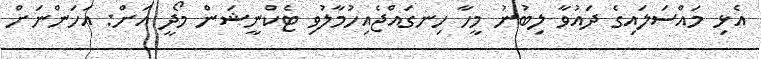
އެޅި މައްސަލައިގެ ދައުވާ ލިބުނު މީހާ ހިނގައްޖެއިހުމާލުވި ޓެކްނީޝަން މޯދީ އަށް: އަހަންނަށް